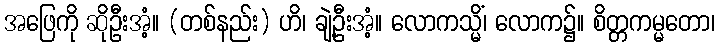
အဖြေကို ဆိုဦးအံ့။ (တစ်နည်း) ဟိ၊ ချဲ့ဦးအံ့။ လောကသ္မိံ၊ လောက၌။ စိတ္တကမ္မတော၊